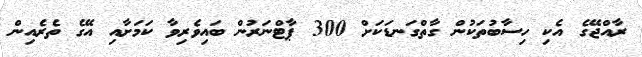
ރާއްޖޭގެ އެކި ހިސާބުތަކުން ގާތްގަނޑަކަށް 300 ޕާޓްނަރުން ބައިވެރިވާ ކަމަށާއި އޭގެ ތެރެއިން